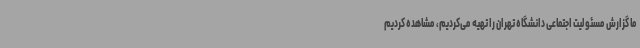
ما گزارش مسئولیت اجتماعی دانشگاه تهران را تهیه می‌کردیم، مشاهده کردیم